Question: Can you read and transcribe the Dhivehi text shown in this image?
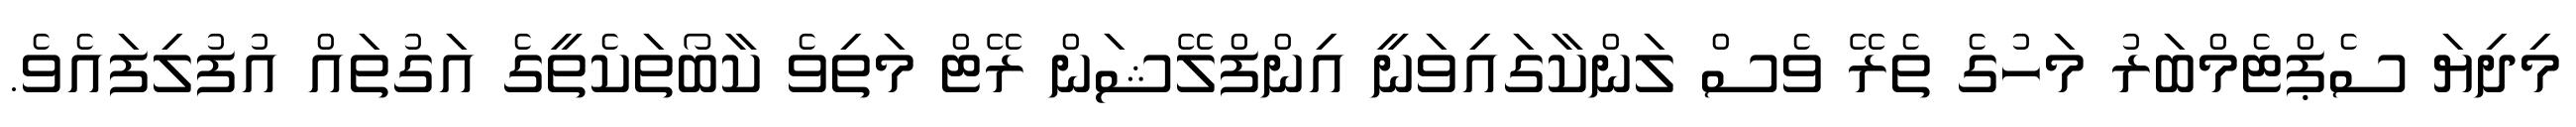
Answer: މިދިޔަ ސެޕްޓެމްބަރު މަހުގެ ތެރޭ ވެސް ލަންކާގައިވަނީ އިންފްލޭޝަން ރޭޓް މަތިވެ ކާބޯތަކެތީގެ އަގުތައް އުފުލިފައެވެ.